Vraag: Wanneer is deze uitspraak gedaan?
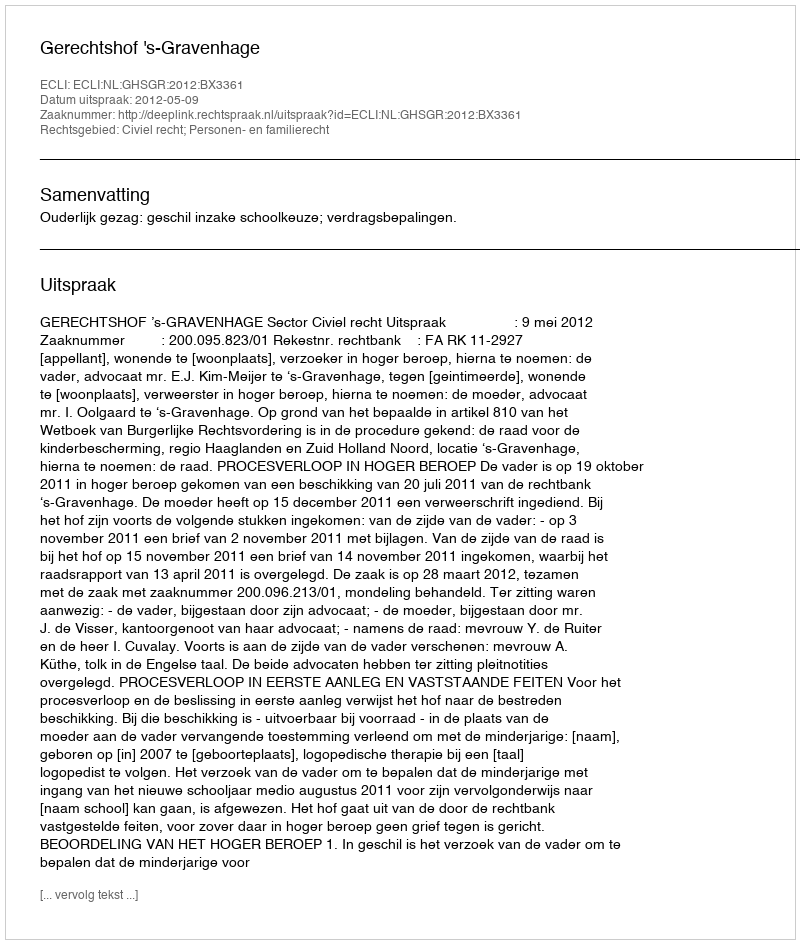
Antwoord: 2012-05-09